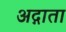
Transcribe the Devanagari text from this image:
अद्गाता